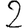
Digit: 2